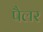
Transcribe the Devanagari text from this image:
पैलर